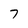
Character: 7